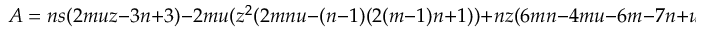
A = n s ( 2 m u z - 3 n + 3 ) - 2 m u ( z ^ { 2 } ( 2 m n u - ( n - 1 ) ( 2 ( m - 1 ) n + 1 ) ) + n z ( 6 m n - 4 m u - 6 m - 7 n + u + 8 ) - ( 4 m - 3 ) ( n - 1 ) n ) ,